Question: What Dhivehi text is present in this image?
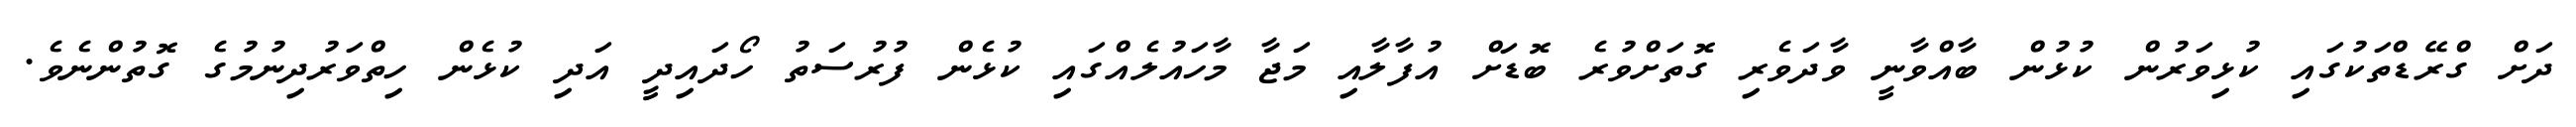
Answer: ދަށް ގްރޭޑްތަކުގައި ކުޅިވަރުން ކުޅުން ބާއްވާނީ ވާދަވެރި ގޮތަށްވުރެ ބޮޑަށް އުފާލާއި މަޖާ މާހައުލެއްގައި ކުޅެން ފުރުސަތު ހޯދައިދީ އަދި ކުޅެން ހިތްވަރުދިނުމުގެ ގޮތުންނެވެ.